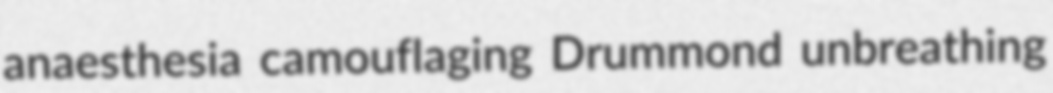
anaesthesia camouflaging Drummond unbreathing